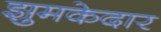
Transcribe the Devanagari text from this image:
झुमकेदार